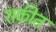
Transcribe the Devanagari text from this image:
शकीत